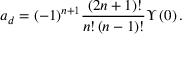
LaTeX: { a _ { d } } = ( - 1 ) ^ { n + 1 } \frac { \, ( 2 n + 1 ) ! } { { n } ! \left( n - 1 \right) ! } \Upsilon \left( 0 \right) .